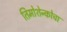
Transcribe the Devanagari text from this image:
तिमोशेन्कोचा